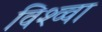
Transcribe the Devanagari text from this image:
विश्व्वा